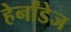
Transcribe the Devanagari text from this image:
हेर्नांडेज